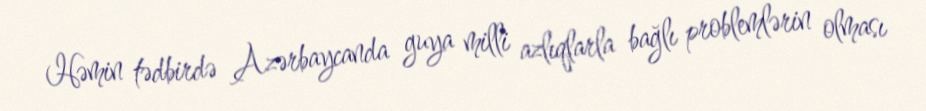
Həmin tədbirdə Azərbaycanda guya milli azlıqlarla bağlı problemlərin olması